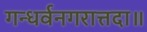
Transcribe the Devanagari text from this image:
गन्धर्वनगरात्तदा॥